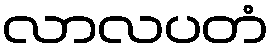
လာလပတံ